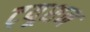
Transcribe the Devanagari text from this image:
ट्‍यूशन